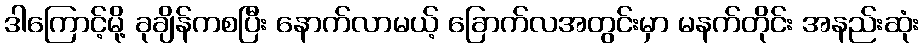
ဒါကြောင့်မို့ ခုချိန်ကစပြီး နောက်လာမယ့် ခြောက်လအတွင်းမှာ မနက်တိုင်း အနည်းဆုံး